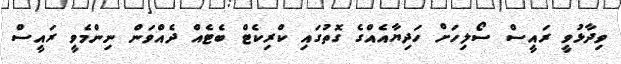
ވިދާޅުވީ ރައީސް ސޯލިހަށް ހަދިޔާއެއްގެ ގޮތުގައި ކްރިކެޓް ބެޓެއް ދެއްވަން ނިންމެވީ ރައީސް